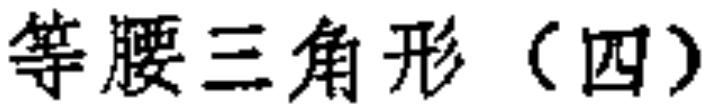
等腰三角形（四）